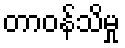
တာဝန်သိမှု